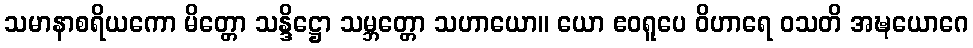
သမာနာစရိယကော မိတ္တော သန္ဒိဋ္ဌော သမ္ဘတ္တော သဟာယော။ ယော ဧဝရူပေ ဝိဟာရေ ဝသတိ အဍ္ဎယောဂေ